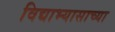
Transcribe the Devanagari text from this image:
विद्याभ्यासाच्या